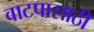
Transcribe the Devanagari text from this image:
वाटपासाठी